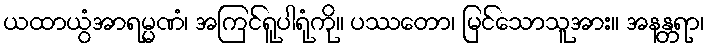
ယထာယွံအာရမ္မဏံ၊ အကြင်ရူပါရုံကို။ ပဿတော၊ မြင်သောသူအား။ အနန္တရာ၊